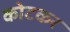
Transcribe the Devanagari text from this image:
कोटकर